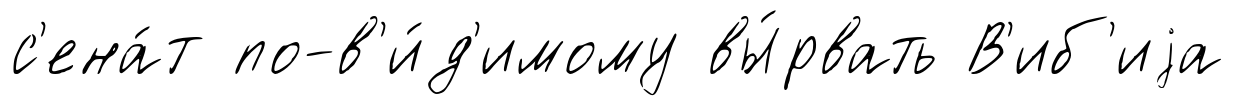
с'ена́т по-в'и́д'имому вы́рвать В'иб'иjа